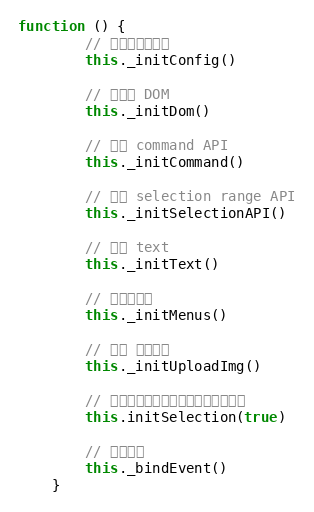
Language: JavaScript
function () {
        // 初始化配置信息
        this._initConfig()

        // 初始化 DOM
        this._initDom()

        // 封装 command API
        this._initCommand()

        // 封装 selection range API
        this._initSelectionAPI()

        // 添加 text
        this._initText()

        // 初始化菜单
        this._initMenus()

        // 添加 图片上传
        this._initUploadImg()

        // 初始化选区，将光标定位到内容尾部
        this.initSelection(true)

        // 绑定事件
        this._bindEvent()
    }